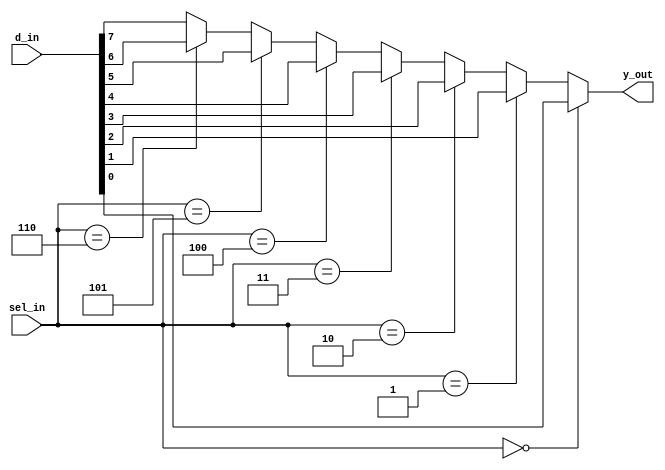
`timescale 1ns / 1ps

module mux_8to1(
input[7:0] d_in,
input[2:0] sel_in,
output reg y_out);

always@(*)
begin
if(sel_in==3'b000)
    y_out=d_in[0];
else if(sel_in==3'b001)
    y_out=d_in[1];
   
else if(sel_in==3'b010)
    y_out=d_in[2];
    
else if(sel_in==3'b011)
    y_out=d_in[3];
    
    else if(sel_in==3'b100)
    y_out=d_in[4];
    
    else if(sel_in==3'b101)
    y_out=d_in[5];
    
    else if(sel_in==3'b110)
    y_out=d_in[6];
    
    else
    y_out=d_in[7];
end
endmodule